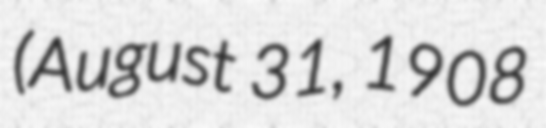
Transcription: (August 31, 1908